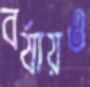
বর্ষায়ও